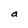
Character: a